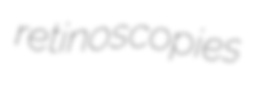
retinoscopies